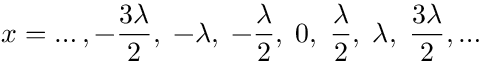
x = \ldots , - { \frac { 3 \lambda } { 2 } } , \; - \lambda , \; - { \frac { \lambda } { 2 } } , \; 0 , \; { \frac { \lambda } { 2 } } , \; \lambda , \; { \frac { 3 \lambda } { 2 } } , \ldots